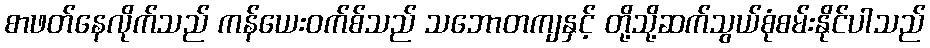
စာဖတ်နေလိုက်သည် ကန်ယေးဝက်စ်သည် သဘောတကျနှင့် တို့သို့ဆက်သွယ်စုံစမ်းနိုင်ပါသည်